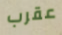
عقرب